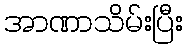
အာဏာသိမ်းပြီး